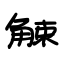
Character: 觫